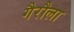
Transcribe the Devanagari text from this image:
गैरौला